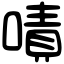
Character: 嘖